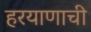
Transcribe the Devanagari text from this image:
हरयाणाची